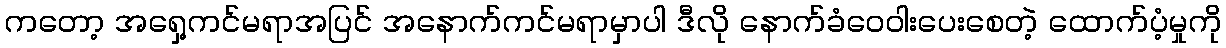
ကတော့ အရှေ့ကင်မရာအပြင် အနောက်ကင်မရာမှာပါ ဒီလို နောက်ခံဝေဝါးပေးစေတဲ့ ထောက်ပံ့မှုကို